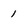
Character: 1